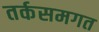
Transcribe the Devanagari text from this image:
तर्कसमगत